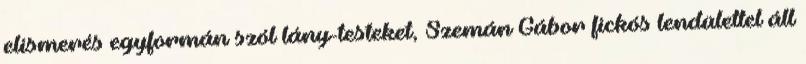
elismerés egyformán szól lány-testeket, Szemán Gábor fickós lendülettel áll